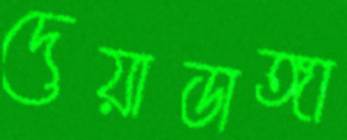
দেয়াডাঙ্গা